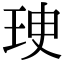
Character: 㻀